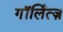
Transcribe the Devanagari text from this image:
गॉर्लित्ज़